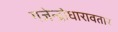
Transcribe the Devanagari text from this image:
गजेन्द्रोधारावतार